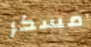
مسكر